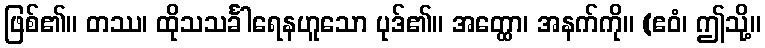
ဖြစ်၏။ တဿ၊ ထိုသသင်္ခါရေနဟူသော ပုဒ်၏။ အတ္ထော၊ အနက်ကို။ (ဧဝံ၊ ဤသို့။